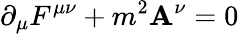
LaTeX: \partial_{\mu}F^{\mu\nu}+m^{2}\mathbf{A}^{\nu}=0